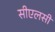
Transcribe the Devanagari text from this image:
सीएलसी